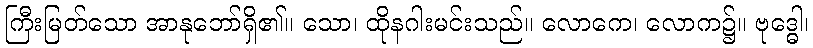
ကြီးမြတ်သော အာနုဘော်ရှိ၏။ သော၊ ထိုနဂါးမင်းသည်။ လောကေ၊ လောက၌။ ဗုဒ္ဓေါ၊